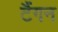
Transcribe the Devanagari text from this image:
टैंगन